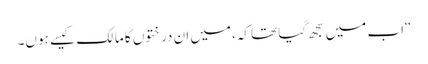
“اب میں سجھ گیا تھا کہ،میں ان درختوں کا مالک کیسے ہوں۔